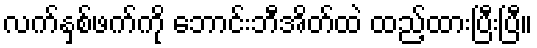
လက်နှစ်ဖက်ကို ဘောင်းဘီအိတ်ထဲ ထည့်ထားပြီးပြီ။